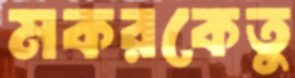
মকরকেতু